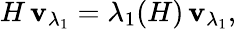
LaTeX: H\, \mathbf{v}_{\lambda_{1}}=\lambda_{1}(H)\, \mathbf{v}_{\lambda_{1}},